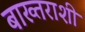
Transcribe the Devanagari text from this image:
बाख्तराशी